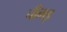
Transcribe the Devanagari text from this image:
चीमड़